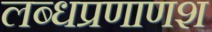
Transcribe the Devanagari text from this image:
लब्धप्रणाणश